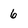
Character: 6